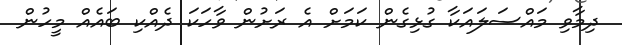
ދިމާވި މައްސަލައަކާ ގުޅިގެން ކަމަށް އެ ރަށުން ވާހަކަ ދެއްކި ބައެއް މީހުން